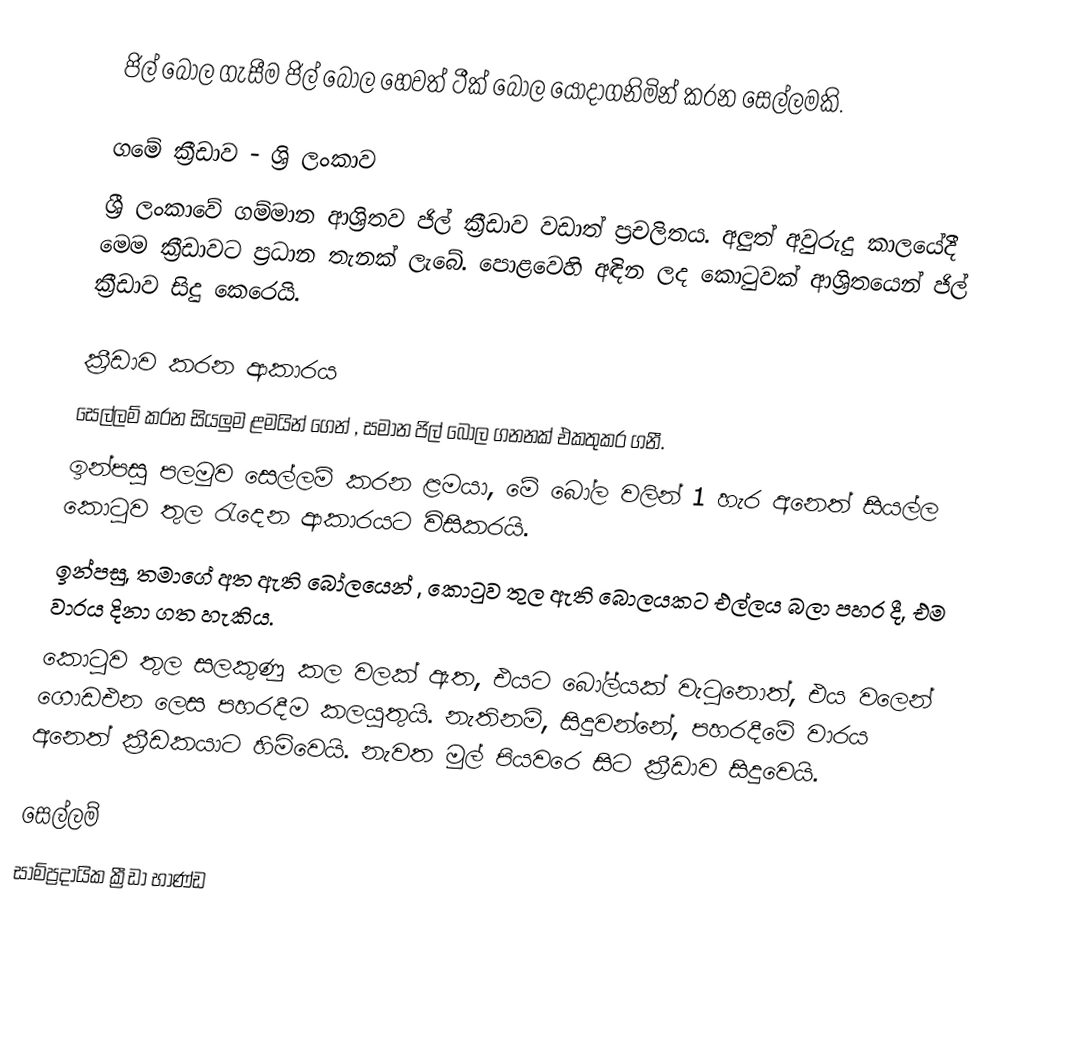
ජිල් බෝල ගැසීම ජිල් බෝල හෙවත් ටීක් බෝල යොදාගනිමින් කරන සෙල්ලමකි.

ගමේ ක්‍රීඩාව - ශ්‍රි ලංකාව
ශ්‍රී ලංකාවේ ගම්මාන ආශ්‍රිතව ජිල් ක්‍රීඩාව වඩාත් ප්‍රචලිතය. අලුත් අවුරුදු කාලයේදී මෙම ක්‍රීඩාවට ප්‍රධාන තැනක් ලැබේ. පොළවෙහි අඳින ලද කොටුවක් ආශ්‍රිතයෙන් ජිල් ක්‍රීඩාව සිදු කෙරෙයි.

ක්‍රීඩාව කරන ආකාරය
 සෙල්ලම් කරන සියලුම ළමයින් ගෙන් , සමාන ජිල් බෝල ගනනක් එකතුකර ගනී.
 ඉන්පසු පලමුව සෙල්ලම් කරන ළමයා, මේ බෝල වලින් 1 හැර අනෙත් සියල්ල කොටුව තුල රැදෙන ආකාරයට විසිකරයි.
 ඉන්පසු, තමාගේ අත ඇති බෝලයෙන් , කොටුව තුල ඇති බොලයකට එල්ලය බලා පහර දී, එම වාරය දිනා ගත හැකිය.
 කොටුව තුල සලකුණු කල වලක් ඇත, එයට බෝල්යක් වැටුනොත්, එය වලෙන් ගොඩඑන ලෙස පහරදීම කලයුතුයි. නැතිනම්, සිදුවන්නේ, පහරදීමේ වාරය අනෙත් ක්‍රීඩකයාට හිමිවෙයි. නැවත මුල් පියවරෙ සිට ක්‍රීඩාව සිදුවෙයි.

සෙල්ලම්
සාම්ප්‍රදායික ක්‍රීඩා භාණ්ඩ